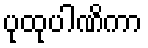
ပုထုပါဏိကာ